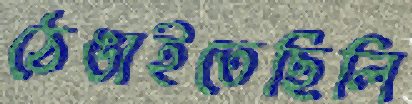
ঠেঙাইতেছিলি